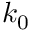
k _ { \mathrm { 0 } }